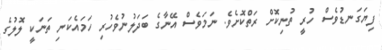
ފިޔަގަނޑުވެސް ހުރީ ތުނިކޮށް ރަތްކޮށެވެ. ނަމަވެސް އޭނާގެ ބަދަލުނުވެހުރި ހަމައެކަނި ތަނަކީ ލޮލުގެ